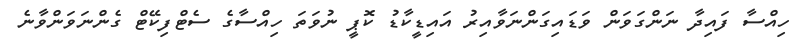
ހިއްސާ ފައިދާ ނަންގަވަން ވަޑައިގަންނަވާއިރު އައިޑީކާޑު ކޮޕީ ނުވަތަ ހިއްސާގެ ސެޓްފިކޭޓް ގެންނަވަންވާނެ